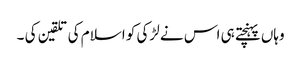
وہاں پہنچتے ہی اس نے لڑکی کو اسلام کی تلقین کی ۔